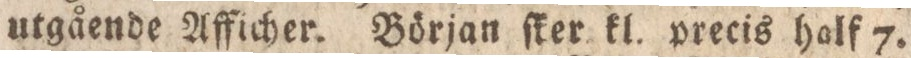
utgående Afficher. Början ſker kl. precis half 7.